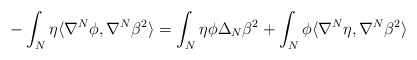
\begin{align*}-\int_{N} \eta \langle \nabla^{N}\phi , \nabla^{N}\beta^2 \rangle = \int_{N} \eta\phi \Delta_{N}\beta^2 + \int_{N}\phi\langle \nabla^{N}\eta,\nabla^{N}\beta^2 \rangle\end{align*}